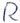
Text: R